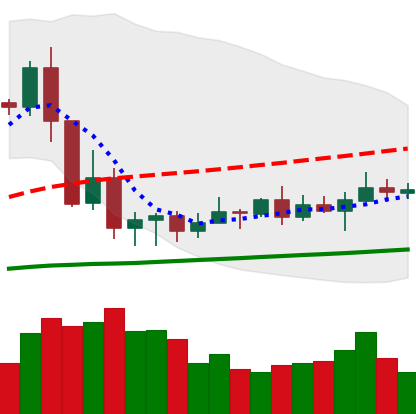
Ticker: XRP-USD
Chart end date: 2020-09-19
Forward return: -7.473%
Label: down_7plus